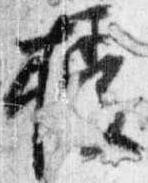
授